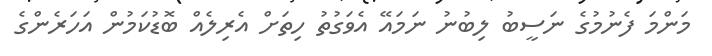
މަންމަ ފެނުމުގެ ނަސީބު ލިބުނު ނަމައޭ އެވަގުތު ހިތަށް އެރިލެއް ބޮޑުކަމުން އަހަރެންގެ